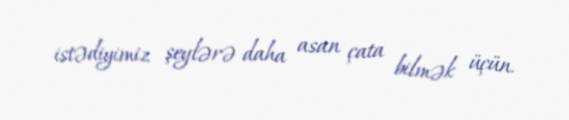
istədiyimiz şeylərə daha asan çata bilmək üçün.